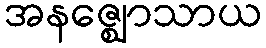
အနဇ္ဈောသာယ